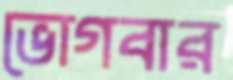
ভোগবার